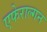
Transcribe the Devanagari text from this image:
एफेराल्गन